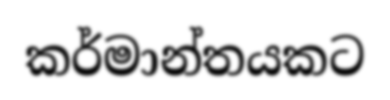
කර්මාන්තයකට